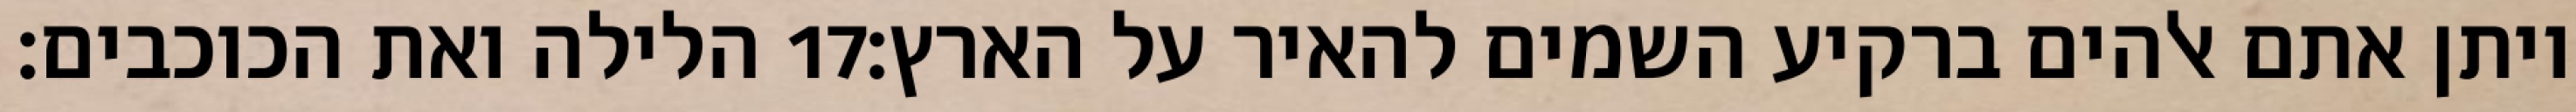
הלילה ואת הכוכבים׃ ‎17‏ ויתן אתם אלהים ברקיע השמים להאיר על הארץ׃